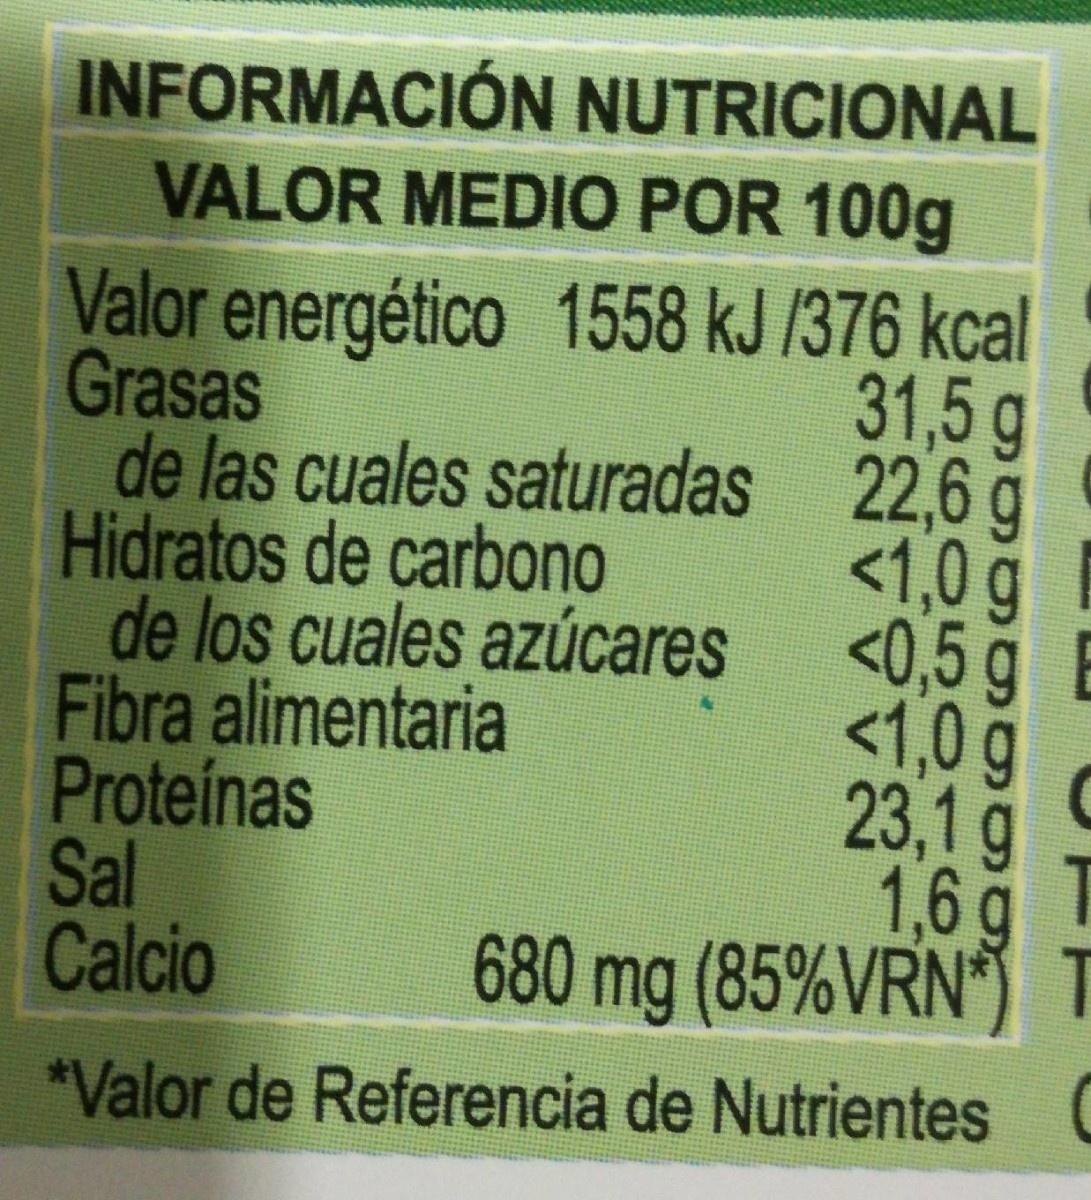
INFORMACIÓN NUTRICIONAL VALOR MEDIO POR 100g Valor energético 1558 kJ /376 kcal 31,5 g 22,6g <1,0g <0,5 g E <1,0 g 23,1g 1,6g 680 mg (85%VRN Grasas de las cuales saturadas Hidratos de carbono de los cuales azúcares Fibra alimentaria Proteinas Sal Calcio C *Valor de Referencia de Nutrientes